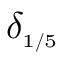
\delta _ { \scriptscriptstyle { 1 / 5 } }